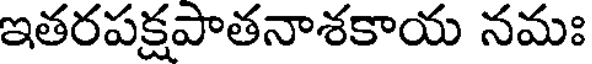
ఇతరపక్షపాతనాశకాయ నమః